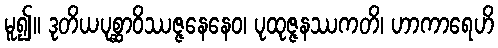
မူ၍။ ဒုတိယပုစ္ဆာဝိဿဇ္ဇနေနေဝ၊ ပုထုဇ္ဇနဿကတိ၊ ဟာကာရေဟိ